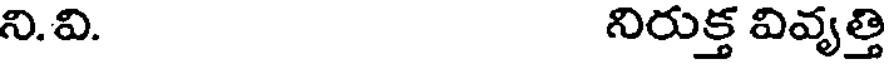
ని.వి. నిరుక్త వివ్యత్తి